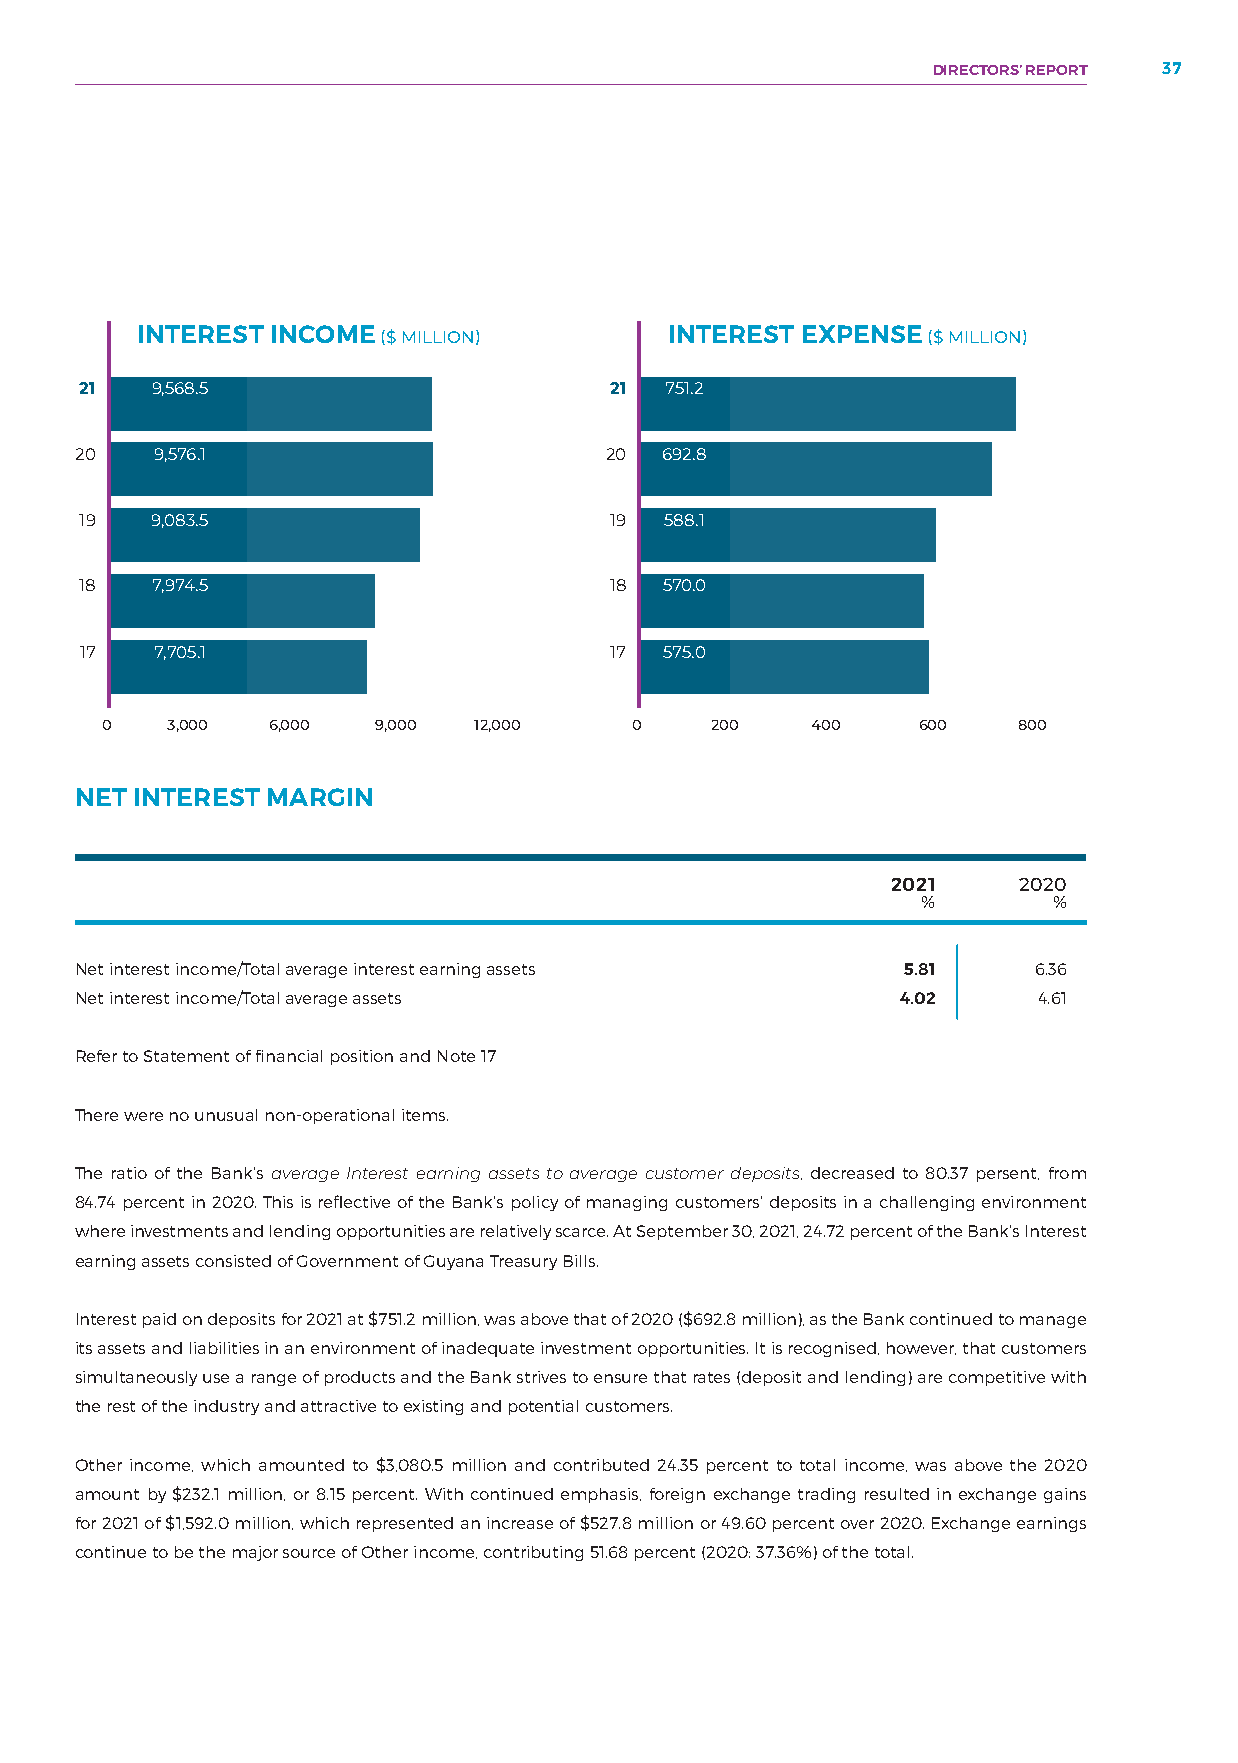
DIRECTORS’ REPORT 37
 INTEREST INCOME ($ MILLION)        INTEREST EXPENSE ($ MILLION)
 21   9,568.5                       21  751.2
 20   9,576.1                       20  692.8
 19   9,083.5                       19  588.1
 18   7,974.5                       18  570.0
 17   7,705.1                       17  575.0
 0   3,000  6,000  9,000 12,000     0    200    400    600   800
 NET INTEREST MARGIN
 2021    2020
 %        %
 Net interest income/Total average interest earning assets 5.81 6.36
 Net interest income/Total average assets               4.02     4.61
 Refer to Statement of financial position and Note 17
 There were no unusual non-operational items.
 The ratio of the Bank’s average Interest earning assets to average customer deposits, decreased to 80.37 persent, from
 84.74 percent in 2020. This is reflective of the Bank’s policy of managing customers’ deposits in a challenging environment
 where investments and lending opportunities are relatively scarce. At September 30, 2021, 24.72 percent of the Bank’s Interest
 earning assets consisted of Government of Guyana Treasury Bills.
 Interest paid on deposits for 2021 at $751.2 million, was above that of 2020 ($692.8 million), as the Bank continued to manage
 its assets and liabilities in an environment of inadequate investment opportunities. It is recognised, however, that customers
 simultaneously use a range of products and the Bank strives to ensure that rates (deposit and lending) are competitive with
 the rest of the industry and attractive to existing and potential customers.
 Other income, which amounted to $3,080.5 million and contributed 24.35 percent to total income, was above the 2020
 amount by $232.1 million, or 8.15 percent. With continued emphasis, foreign exchange trading resulted in exchange gains
 for 2021 of $1,592.0 million, which represented an increase of $527.8 million or 49.60 percent over 2020. Exchange earnings
 continue to be the major source of Other income, contributing 51.68 percent (2020: 37.36%) of the total.